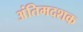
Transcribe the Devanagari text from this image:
अंतिमदशक